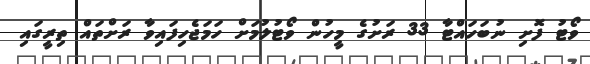
ވޯޓު ފޮށި ނުބަހައްޓާ 33 ރަށުގެ މީހުން ވޯޓުލުމަށް ހަމަޖެހިފައިވާ ރަށްތައް ތިރީގައި